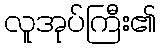
လူအုပ်ကြီး၏